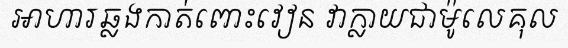
អាហារឆ្លងកាត់ពោះវៀន វាក្លាយជាម៉ូលេគុល